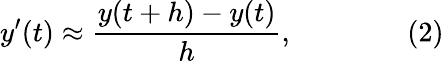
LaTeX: y^{\prime}(t)\approx{\frac{y(t+h)-y(t)}{h}},\qquad\qquad(2)